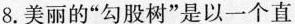
8.美丽的”勾股树”是以一个直